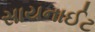
સાયનાઈટ